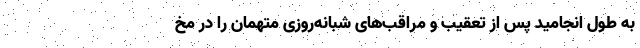
به طول انجامید پس از تعقیب و مراقب‌های شبانه‌روزی متهمان را در مخ